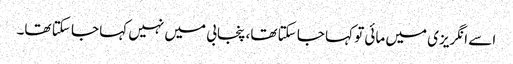
اسے انگریزی میں مائی تو کہا جا سکتا تھا، پنجابی میں نہیں کہا جا سکتا تھا۔